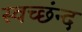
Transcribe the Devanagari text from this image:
स्वच्छंन्द